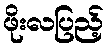
ဖိုးလပြည့်